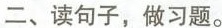
二、读句子，做习题。